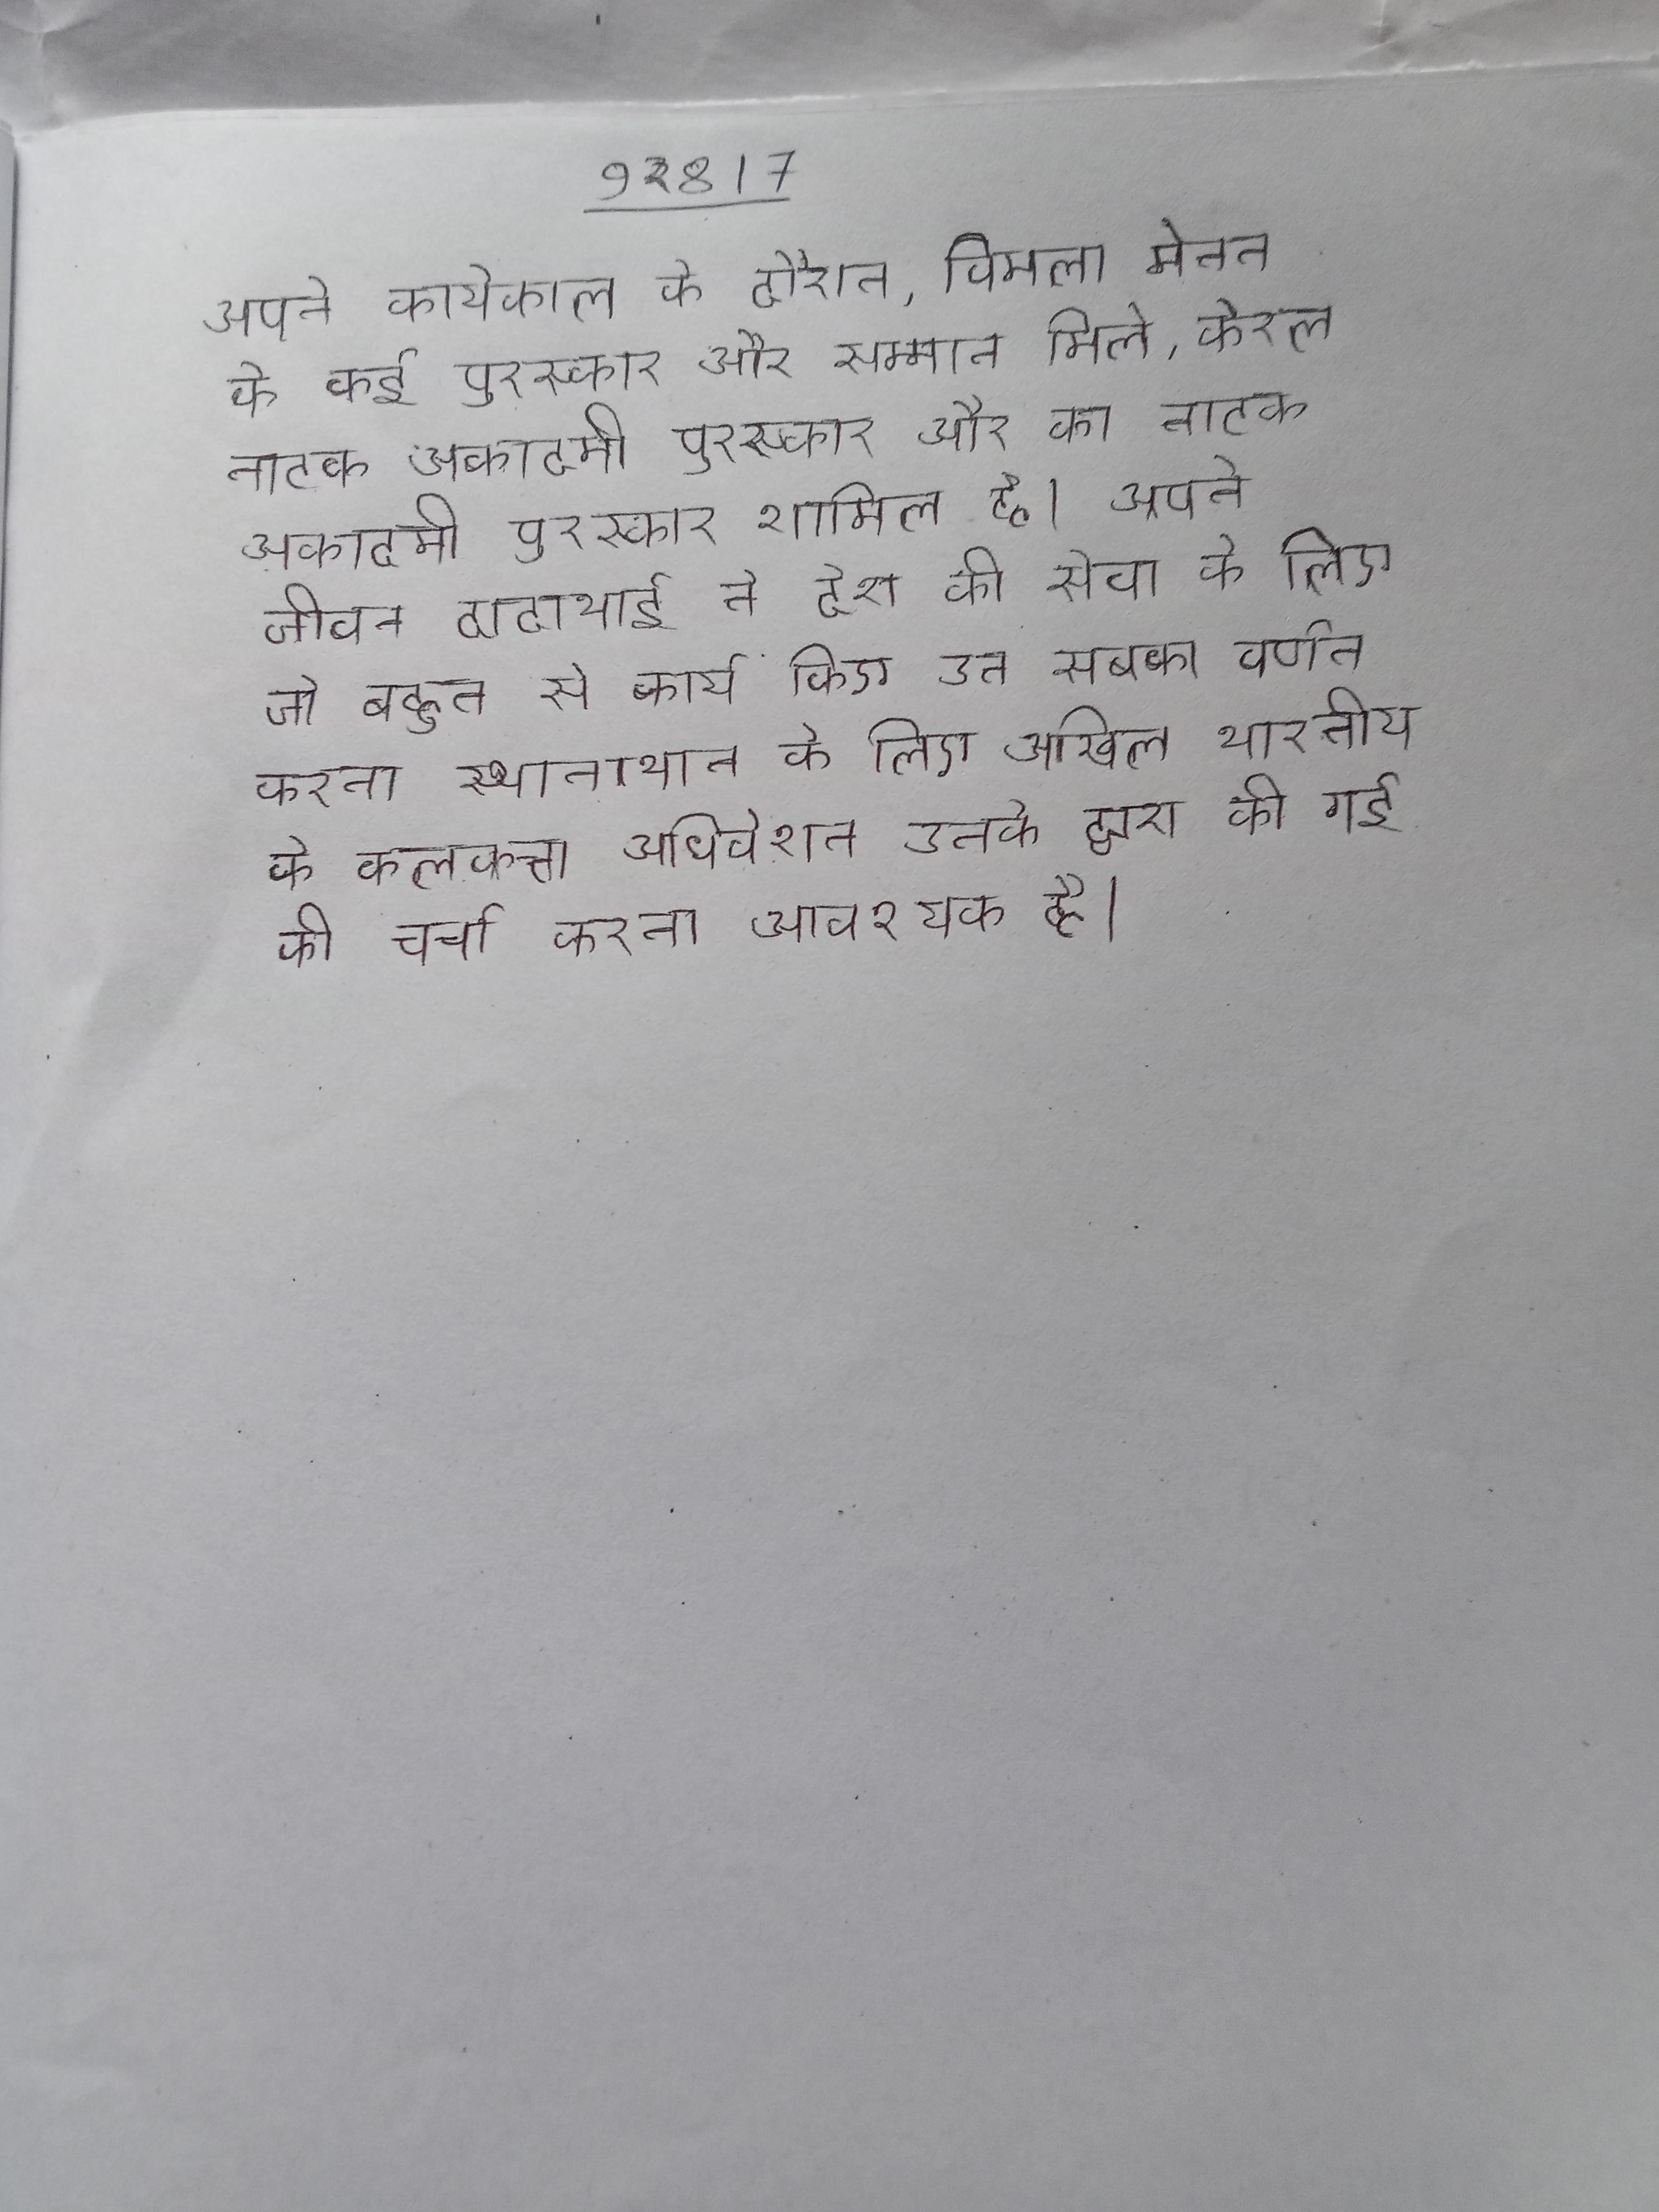
अपने कार्यकाल के दौरान, विमला मेनन को कई पुरस्कार और सम्मान मिले, केरल नाटक अकादमी पुरस्कार और का नाटक अकादमी पुरस्कार शामिल है । अपने जीवन दादाभाई ने देश की सेवा के लिए जो बहुत से कार्य किए उन सबका वर्णन करना स्थानाभाव के कारण है स्वशासन के लिए अखिल भारतीय के कलकत्ता अधिवेशन उनके द्वारा की गई की चर्चा करना आवश्यक है ।